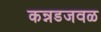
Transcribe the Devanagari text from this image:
कन्नडजवळ